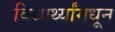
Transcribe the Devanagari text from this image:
विद्यार्थ्यांमधून